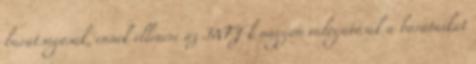
barátságosak, ennek ellenére az INFJ-k nagyon válogatósak a barátaikat